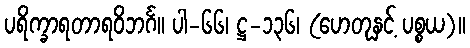
ပရိက္ခာရတာရဝိဘင်္ဂ။ ပါ-၆၆၊ ဋ္ဌ-၁၃၆၊ (ဟေတုနှင့် ပစ္စယ)။